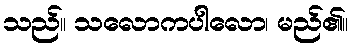
သည်။ သလောကပါလော၊ မည်၏။